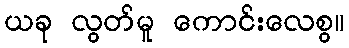
ယခု လွတ်မူ ကောင်းလေစွ။